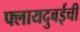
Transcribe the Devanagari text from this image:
फ्लायदुबईची